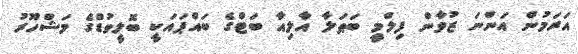
އަރަމުން އަންނަ ޒުވާން ފިލްމީ ބަޠަލާ އާލިއާ ބަޓްގެ ބައްޕައަކީ ބޮލީވުޑްގެ މަޝްހޫރު